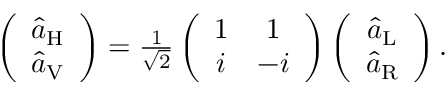
\begin{array} { r } { \left( \begin{array} { c } { \hat { a } _ { \mathrm { H } } } \\ { \hat { a } _ { \mathrm { V } } } \end{array} \right) = \frac { 1 } { \sqrt { 2 } } \left( \begin{array} { c c } { 1 } & { 1 } \\ { i } & { - i } \end{array} \right) \left( \begin{array} { c } { \hat { a } _ { \mathrm { L } } } \\ { \hat { a } _ { \mathrm { R } } } \end{array} \right) . } \end{array}